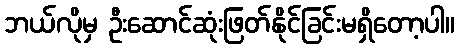
ဘယ်လိုမှ ဦးဆောင်ဆုံးဖြတ်နိုင်ခြင်းမရှိတော့ပါ။